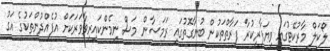
ލޯކަލް މާރުކޭޓުގައި ވިޔަފާރިކުރާ ފަރާތްތަކުން ބުނާގޮތުގައި ރަމަޟާން މަސް ނިމެންކައިރިވާވަރަކަށް އުފެއްދުންތަކުގެ އަގު